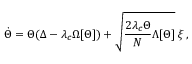
\dot { \Theta } = \Theta ( \Delta - \lambda _ { c } \Omega [ \Theta ] ) + \sqrt { \frac { 2 \lambda _ { c } \Theta } { N } \Lambda [ \Theta ] } \; \xi \, ,